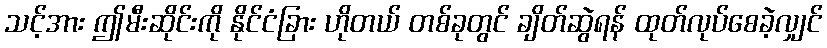
သင့်အား ဤမီးဆိုင်းကို နိုင်ငံခြား ဟိုတယ် တစ်ခုတွင် ချိတ်ဆွဲရန် ထုတ်လုပ်စေခဲ့လျှင်